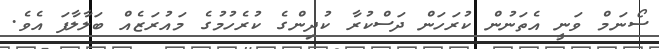
ސޯނަމް ވަނީ އެތަނުން ކުރަހަން ދަސްކުރާ ކުދިންގެ ކުރެހުމުގެ މައުރަޒެއް ބަލާލާފަ އެވެ.